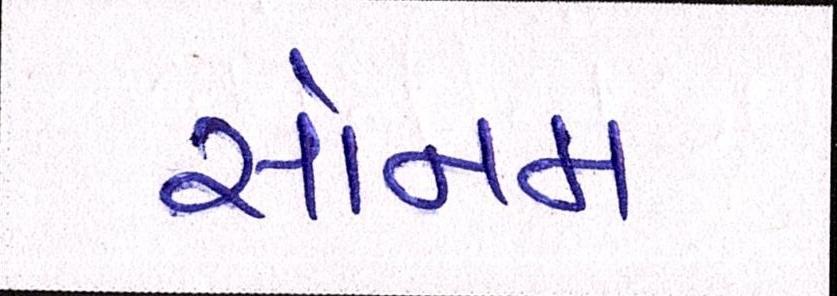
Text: સોનમ